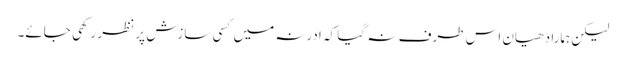
لیکن ہمارا دھیان اس طرف نہ گیا کہ ادرنہ میں کسی سازش پر نظر رکھی جائے۔